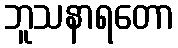
ဘူသနာရတော